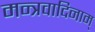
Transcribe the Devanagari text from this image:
मन्त्रवादिनाम्